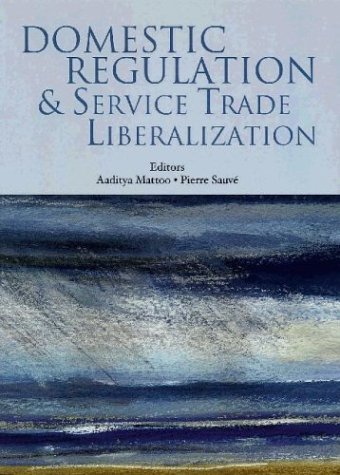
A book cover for Domestic Regulation and Service Trade Liberalization (Trade and Development); Business & Money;